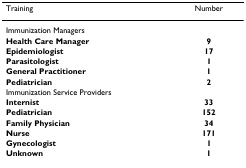
<table><thead><tr><td><b>Training</b></td><td><b>Number</b></td></tr></thead><tbody><tr><td colspan="2">Immunization Managers</td></tr><tr><td><b>Health Care Manager</b></td><td><b>9</b></td></tr><tr><td><b>Epidemiologist</b></td><td><b>17</b></td></tr><tr><td><b>Parasitologist</b></td><td><b>1</b></td></tr><tr><td><b>General Practitioner</b></td><td><b>1</b></td></tr><tr><td><b>Pediatrician</b></td><td><b>2</b></td></tr><tr><td colspan="2">Immunization Service Providers</td></tr><tr><td><b>Internist</b></td><td><b>33</b></td></tr><tr><td><b>Pediatrician</b></td><td><b>152</b></td></tr><tr><td><b>Family Physician</b></td><td><b>34</b></td></tr><tr><td><b>Nurse</b></td><td><b>171</b></td></tr><tr><td><b>Gynecologist</b></td><td><b>1</b></td></tr><tr><td><b>Unknown</b></td><td><b>1</b></td></tr></tbody></table>